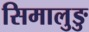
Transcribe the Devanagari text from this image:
सिमालुङु